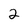
Character: 2